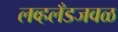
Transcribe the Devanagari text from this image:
लव्हलँडजवळ